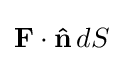
\mathbf {F} \cdot \mathbf {\hat {n}} \,dS